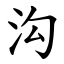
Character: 沟